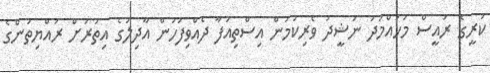
ކުރީގެ ރައީސް މުހައްމަދު ނަޝީދު ވެރިކަމުން އިސްތިއުފާ ދެއްވިފަހުން އާދިލުގެ އިތުރަށް ރައްޔިތުންގެ